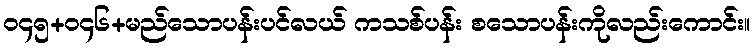
၀၄၅+၀၄၆+မည်သောပန်းပင်လယ် ကသစ်ပန်း စသောပန်းကိုလည်းကောင်း။